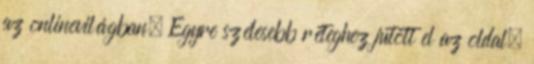
az onlinevilágban. Egyre szélesebb réteghez jutott el az oldal,